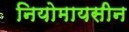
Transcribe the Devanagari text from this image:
नियोमायसीन